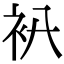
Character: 𧘒